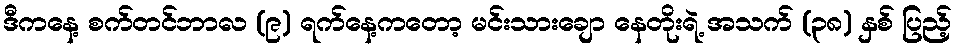
ဒီကနေ့ စက်တင်ဘာလ (၉) ရက်နေ့ကတော့ မင်းသားချော နေတိုးရဲ့ အသက် (၃၈) နှစ် ပြည့်